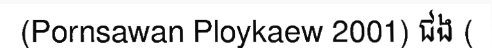
(Pornsawan Ploykaew 2001) ជង (